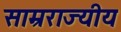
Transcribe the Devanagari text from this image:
साम्रराज्यीय